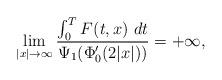
LaTeX: \begin{align*}\lim_{|x|\to\infty}\frac{\int_{0}^{T}F(t,x)\ dt}{\Psi_1(\Phi_0'(2|x|))}=+\infty,\end{align*}